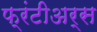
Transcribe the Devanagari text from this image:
फ्रंटीअर्स